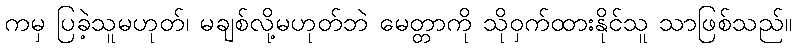
ကမှ ပြခဲ့သူမဟုတ်၊ မချစ်လို့မဟုတ်ဘဲ မေတ္တာကို သိုဝှက်ထားနိုင်သူ သာဖြစ်သည်။